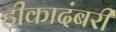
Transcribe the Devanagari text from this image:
हीकादंबरी